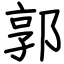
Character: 郭